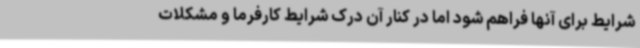
شرایط برای آنها فراهم شود اما در کنار آن درک شرایط کارفرما و مشکلات